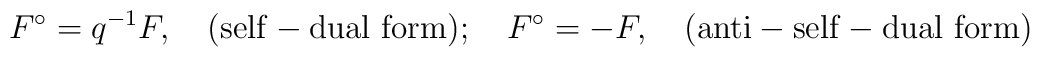
F^\circ =q^{-1}F,\quad {\rm (self-dual\ form)}; \quad  F^\circ =-F,\quad{\rm (anti-self-dual\ form)}